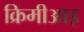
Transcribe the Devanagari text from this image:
क्रिमीआइ